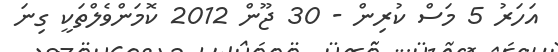
އަހަރު 5 މަސް ކުރިން - 30 ޖޫން 2012 ކޮމަންވެލްތަކީ ގިނަ